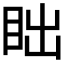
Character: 𬑎